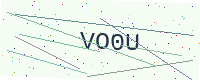
Text: VO0U